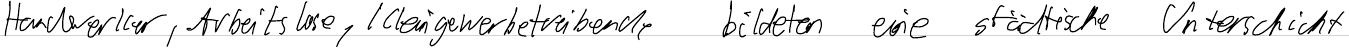
Handwerker, Arbeitslose, Kleingewerbetreibende bildeten eine städtische Unterschicht